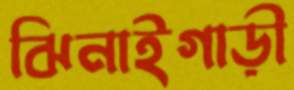
ঝিনাইগাড়ী